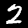
Label: 2